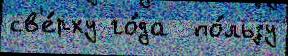
св'е́рху го́да  по́льзу